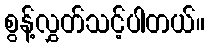
စွန့်လွှတ်သင့်ပါတယ်။